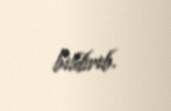
bildirib.